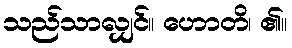
သည်သာလျှင်။ ဟောတိ၊ ၏။